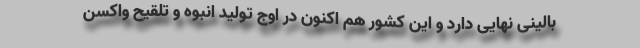
بالینی نهایی دارد و این کشور هم اکنون در اوج تولید انبوه و تلقیح واکسن